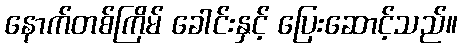
နောက်တစ်ကြိမ် ခေါင်းနှင့် ပြေးဆောင့်သည်။